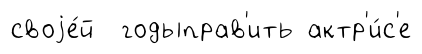
своjе́й годыправ'ить актр'и́с'е